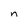
Character: n